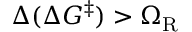
\Delta ( \Delta G ^ { \ddagger } ) > \Omega _ { \mathrm { R } }